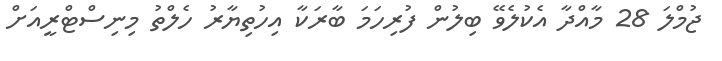
ޖުމްލަ 28 މާއްދާ އެކުލެވޭ ބިލުން ފުރިހަމަ ބާރަކާ އިހުތިޔާރު ހެލްތު މިނިސްޓްރީއަށް